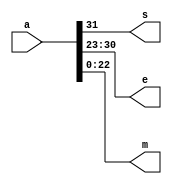

module splitter(a,s,e,m);

input [31:0] a;
output s;
output [7:0] e;
output [22:0] m;

assign s = a[31];
assign e[7:0] = a[30:23];
assign m[22:0] = a[22:0];
endmodule